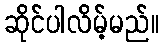
ဆိုင်ပါလိမ့်မည်။